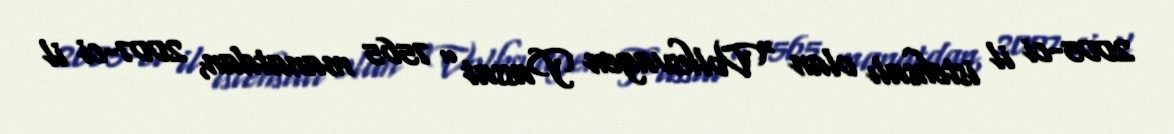
2005-ci il istehsalı olan “Volksvagen Passat” 7565 manatdan, 2007-ci il